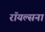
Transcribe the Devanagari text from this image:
रॉयल्सना